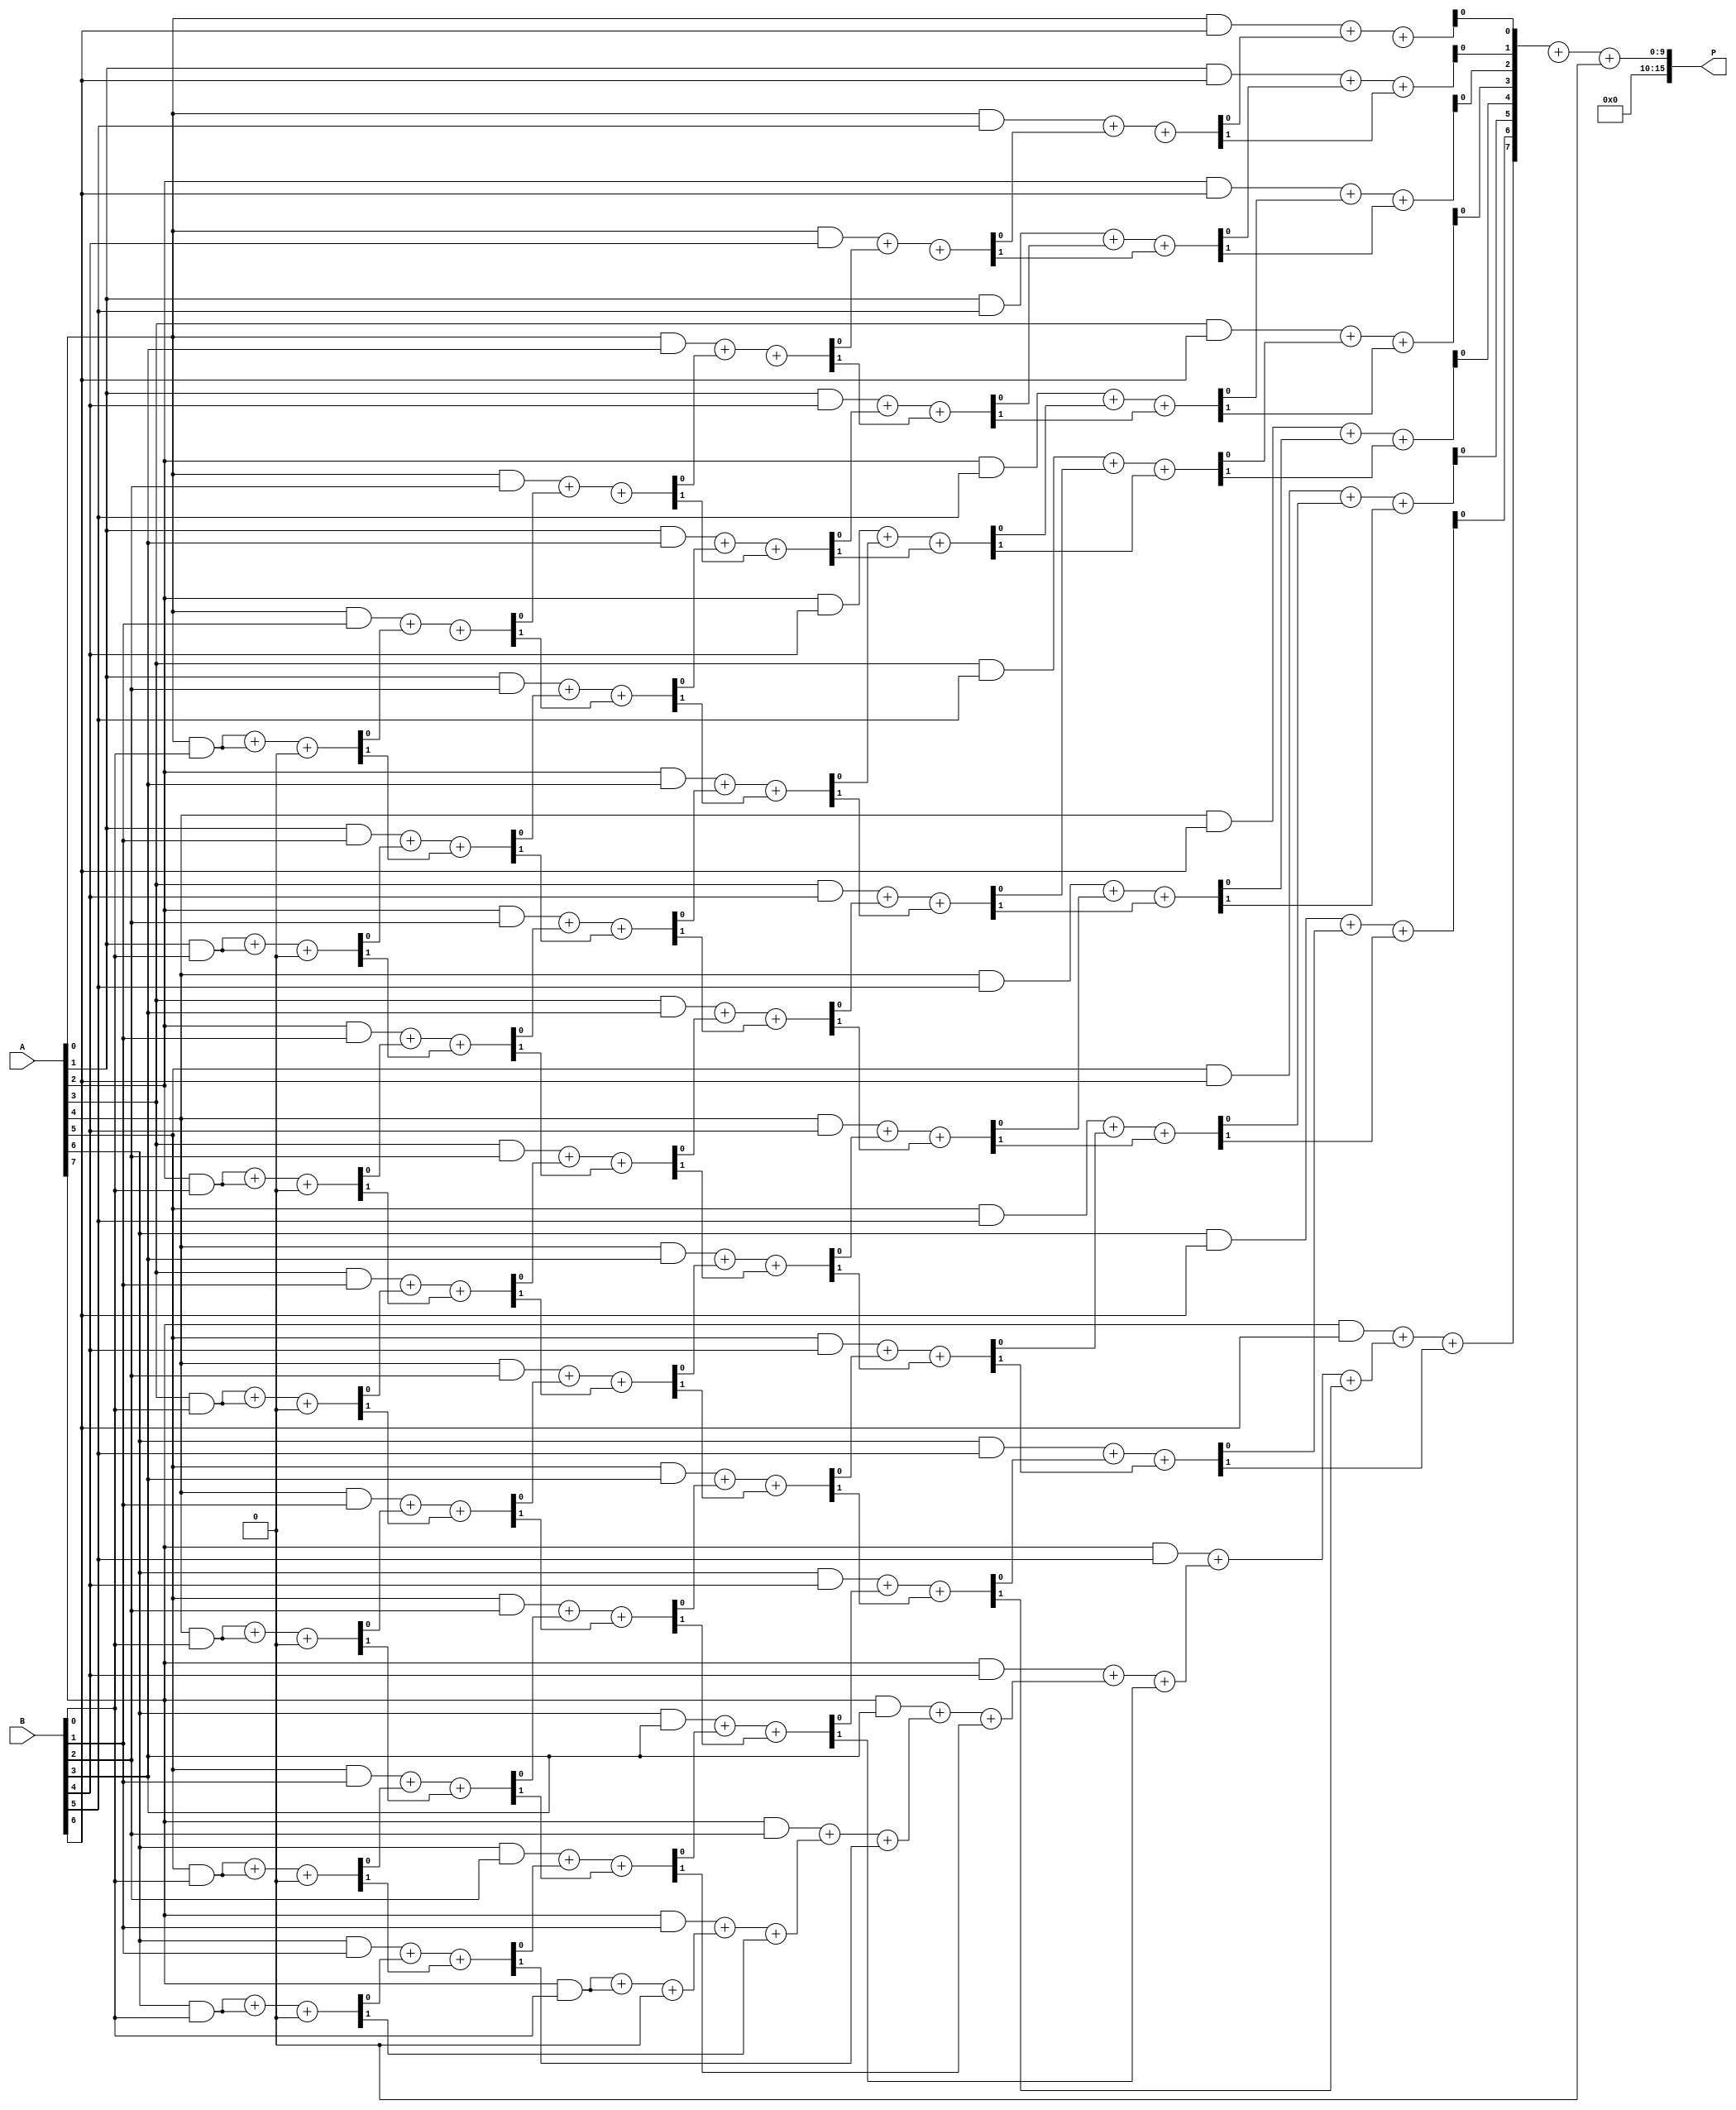
module WallaceTreeMultiplier #(
    parameter N = 8 // Width of input numbers, can be adjusted
)(
    input [N-1:0] A, // Multiplicand
    input [N-1:0] B, // Multiplier
    output reg [2*N-1:0] P // Product output
);

    // Partial product array
    wire [N-1:0] pp [N-1:0]; // Partial products, pp[i][j] = A[j] & B[i]
    
    // Generate partial products
    genvar i, j;
    generate
        for (i = 0; i < N; i = i + 1) begin: partial_product_gen
            for (j = 0; j < N; j = j + 1) begin: pp_gen
                assign pp[i][j] = A[j] & B[i];
            end
        end
    endgenerate

    // Wallace Tree reduction
    wire [N-1:0] sum[N-1:0];
    wire [N-1:0] carry[N-1:0];
    
    // Initial sum and carry from the partial products
    generate
        for (j = 0; j < N; j = j + 1) begin: initial_sum_carry
            assign sum[0][j] = pp[0][j];
            assign carry[0][j] = 1'b0; // Initial carry is zero
        end
    endgenerate

    // Wallace Tree reduction
    genvar k;
    generate
        for (i = 0; i < N-1; i = i + 1) begin: reduction
            for (j = 0; j < N; j = j + 1) begin: sum_carry
                if (j < 2*N-1) begin
                    assign {carry[i+1][j+1], sum[i+1][j]} = pp[i][j] + sum[i][j] + carry[i][j];
                end
            end
        end
    endgenerate

    // Final addition of the last two rows using a simple binary adder
    wire [2*N-1:0] final_sum, final_carry;
    assign {final_carry, final_sum} = {1'b0, sum[N-1]} + {1'b0, carry[N-1]};

    // Assigning the final product output
    always @(*) begin
        P = final_sum + final_carry; // Final product calculation
    end

endmodule